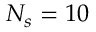
N _ { s } = 1 0